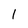
Character: 1